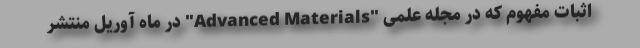
اثبات مفهوم که در مجله علمی "Advanced Materials" در ماه آوریل منتشر